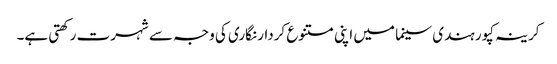
کرینہ کپور ہندی سینما میں اپنی متنوع کردار نگاری کی وجہ سے شہرت رکھتی ہے۔